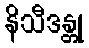
နိသီဒန္တု